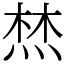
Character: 㷊